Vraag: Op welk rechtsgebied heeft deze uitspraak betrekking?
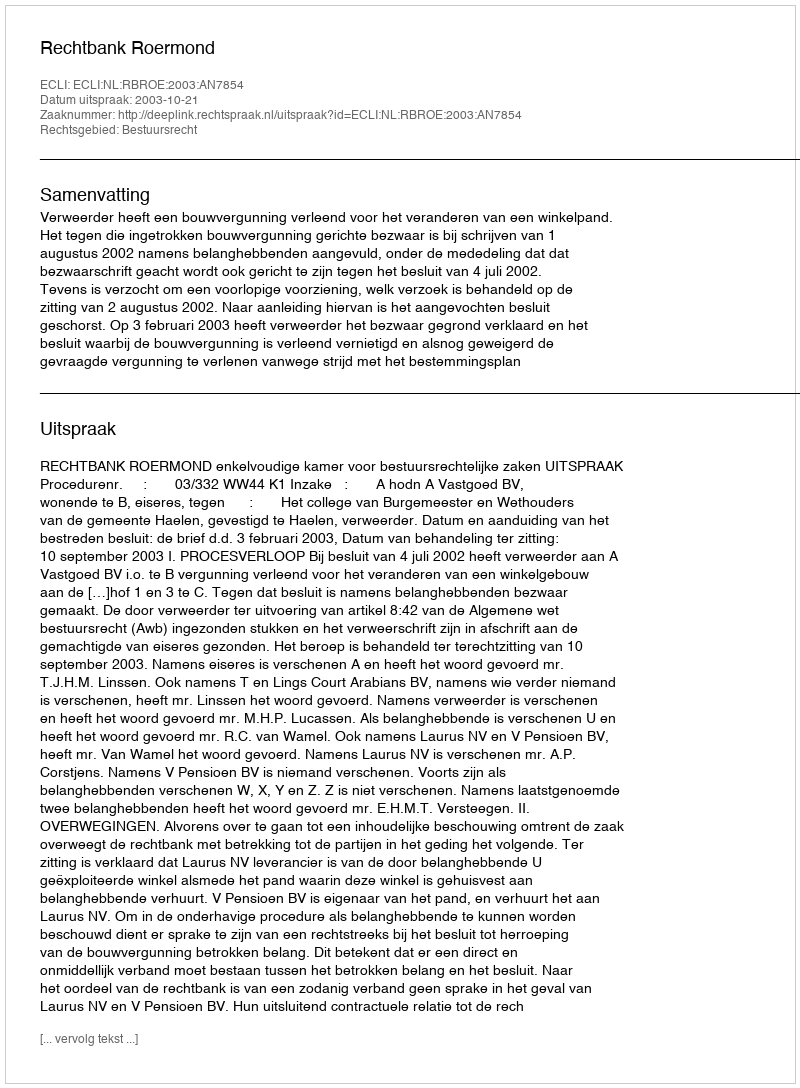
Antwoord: Bestuursrecht